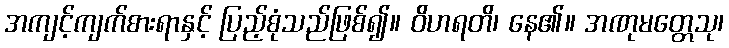
အကျင့်ကျက်စားရာနှင့် ပြည့်စုံသည်ဖြစ်၍။ ဝိဟရတိ၊ နေ၏။ အဏုမတ္တေသု၊